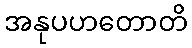
အနုပဟတောတိ